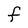
Character: f